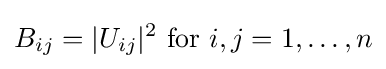
B_{ij}=|U_{ij}|^{2}{\text{ for }}i,j=1,\dots ,n